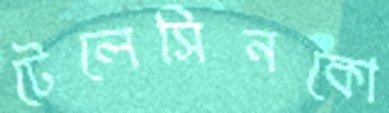
টেলেসিনকো